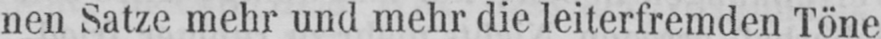
nen Satze mehr und mehr die leiterfremden Töne